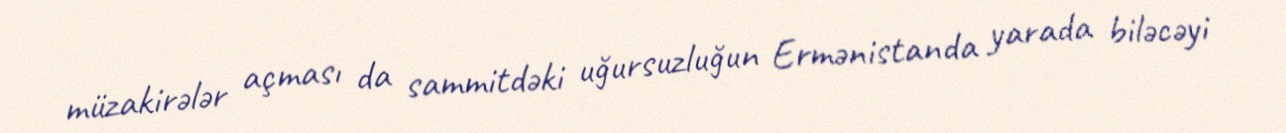
müzakirələr açması da sammitdəki uğursuzluğun Ermənistanda yarada biləcəyi